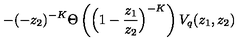
- ( - z _ { 2 } ) ^ { - K } \Theta \left( \Big ( 1 - \frac { z _ { 1 } } { z _ { 2 } } \Big ) ^ { - K } \right) V _ { q } ( z _ { 1 } , z _ { 2 } )